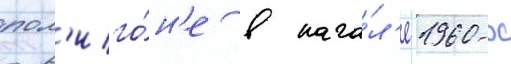
пол'иго́н'е в нача́л'е 1960-х